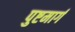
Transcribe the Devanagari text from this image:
पुष्टमार्ग